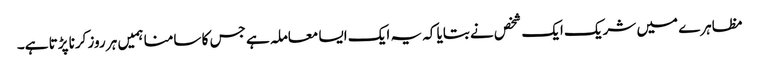
مظاہرے میں شریک ایک شخص نے بتایا کہ یہ ایک ایسا معاملہ ہے جس کا سامنا ہمیں ہر روز کرنا پڑتا ہے۔